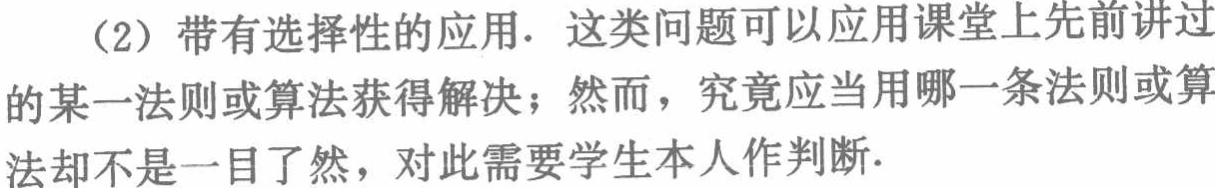
（2）带有选择性的应用. 这类问题可以应用课堂上先前讲过的某一法则或算法获得解决；然而，究竟应当用哪一条法则或算法却不是一目了然，对此需要学生本人作判断.